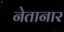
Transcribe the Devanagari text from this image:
नेतानार